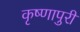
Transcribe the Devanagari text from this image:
कृष्णापुरी